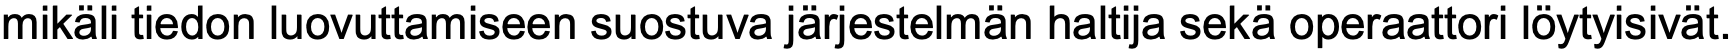
mikäli tiedon luovuttamiseen suostuva järjestelmän haltija sekä operaattori löytyisivät.